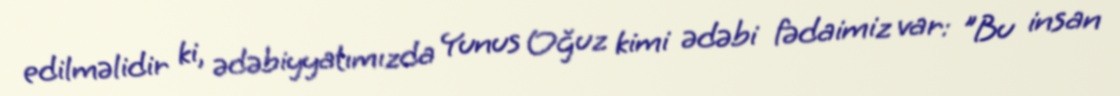
edilməlidir ki, ədəbiyyatımızda Yunus Oğuz kimi ədəbi fədaimiz var: "Bu insan